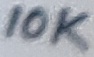
Text: 10K